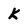
Character: K